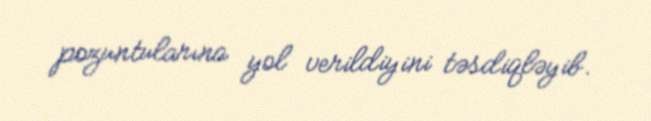
pozuntularına yol verildiyini təsdiqləyib.